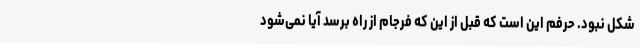
شکل نبود. حرفم این است که قبل از این که فرجام از راه برسد آیا نمی‌شود